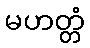
မဟတ္တံ